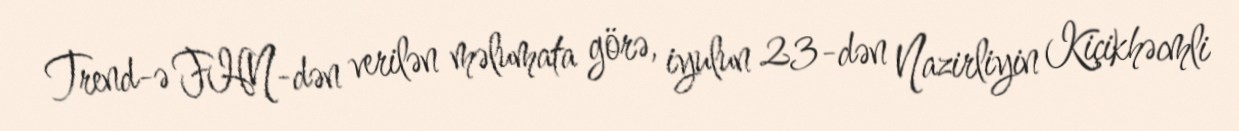
Trend-ə FHN-dən verilən məlumata görə, iyulun 23-dən Nazirliyin Kiçikhəcmli